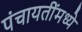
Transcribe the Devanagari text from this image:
पंचायतींमध्ये